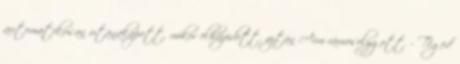
automatikusan utánakapott, mikor elhúzódott, aztán Aim rámosolygott. - Téged